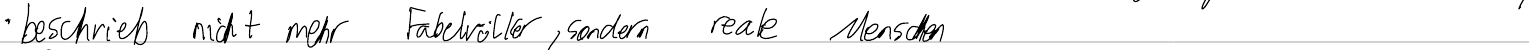
- beschrieb nicht mehr Fabelvölker, sondern reale Menschen